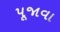
પૂજાવા